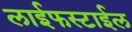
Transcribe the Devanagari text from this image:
लाईफस्टाईल